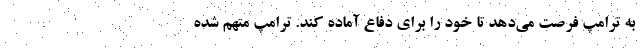
به ترامپ فرصت می‌دهد تا خود را برای دفاع آماده کند. ترامپ متهم شده